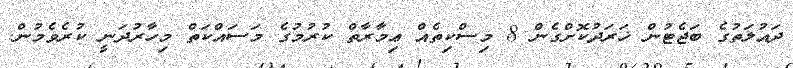
ދައުލަތުގެ ބަޖެޓުން ޚަރަދުކޮށްގެން 8 މިސްކިތެއް ޢިމާރާތް ކުރުމުގެ މަސައްކަތް މިހާރުދަނީ ކުރެވެމުން.